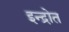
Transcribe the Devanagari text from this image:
इन्द्रोत